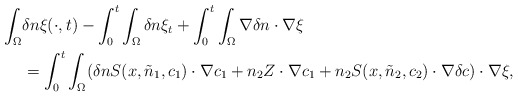
\begin{align*}\begin{aligned}\int_{\Omega}&\delta n \xi(\cdot,t)-\int_{0}^{t}\int_{\Omega} \delta n \xi_{t} +\int_{0}^{t}\int_{\Omega}\nabla\delta n\cdot \nabla \xi\\&=\int_{0}^{t}\int_{\Omega}( \delta n S(x,\tilde{n}_{1},c_{1}) \cdot \nabla c_{1} +n_{2} Z \cdot \nabla c_{1} +n_{2}S(x,\tilde{n}_{2},c_{2}) \cdot \nabla \delta c)\cdot \nabla \xi,\end{aligned}\end{align*}